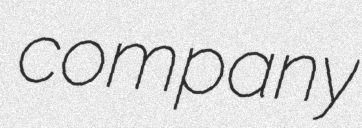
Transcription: company